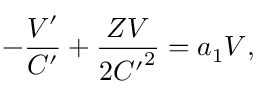
- \frac { V ^ { \prime } } { C ^ { \prime } } + \frac { Z V } { 2 { C ^ { \prime } } ^ { 2 } } = a _ { 1 } V ,